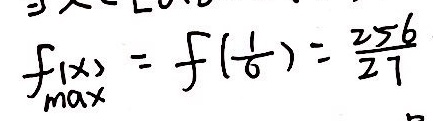
\mathop { f ( x ) } \limits _ { m a x } = f ( \frac { 1 } { 6 } ) = \frac { 2 5 6 } { 2 7 }